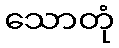
သောတုံ